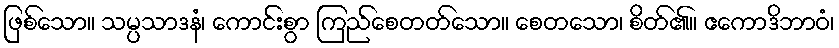
ဖြစ်သော။ သမ္ပသာဒနံ၊ ကောင်းစွာ ကြည်စေတတ်သော။ စေတသော၊ စိတ်၏။ ဧကောဒိဘာဝံ၊